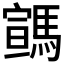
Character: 𩤡